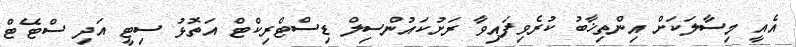
އެއީ މިސާލަކަށް އިންތިޚާބު ކުރެވިފައިވާ ރަށުކައުންސިލް ޑިސްޓްރިކްޓް އަތޮޅު ސިޓީ އަދި ސްޓޭޓް